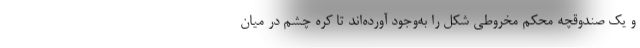
و یک صندوقچه محکم مخروطی شکل را به‌وجود آورده‌اند تا کره چشم در میان